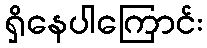
ရှိနေပါကြောင်း